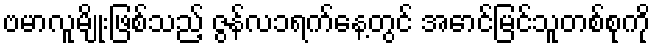
ဗမာလူမျိုးဖြစ်သည့် ဇွန်လ၁ရက်နေ့တွင် အောင်မြင်သူတစ်စုကို